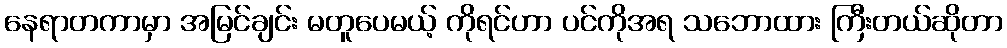
နေရာတကာမှာ အမြင်ချင်း မတူပေမယ့် ကိုရင်ဟာ ပင်ကိုအရ သဘောထား ကြီးတယ်ဆိုတာ